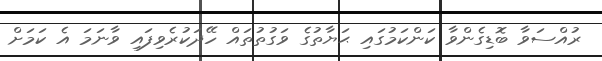
ރުއްސަވާ ބޮޑިގެންވާ ކަންކަމުގައި ޙަޔާތުގެ ވަގުތުތައް ހޭދަކުރެވިފައި ވާނަމަ އެ ކަމަށް